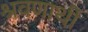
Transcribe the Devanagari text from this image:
श्रवणार्थी